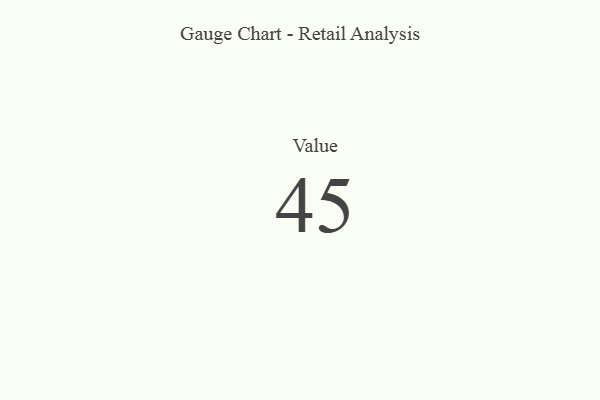
{"axis": {"x": "Metric", "y": "Value"}, "legend": [""], "data": [{"x": "Value", "y": 45, "type": ""}]}